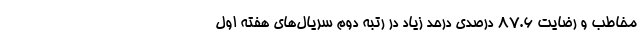
مخاطب و رضایت 87.6 درصدی درحد زیاد در رتبه دوم سریال‌های هفته اول